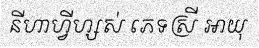
នីហាហ្វីហ្សស់ ភេទស្រី អាយុ